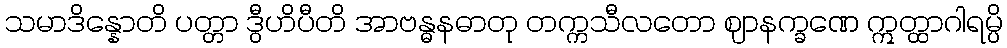
သမာဒိန္နောတိ ပတ္တာ ဒွီဟိပီတိ အာဗန္ဓနဓာတု တက္ကသီလတော ဈာနက္ခဏေ ဣတ္ထာဂါရမ္ပိ